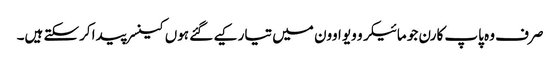
صرف وہ پاپ کارن جو مائیکرو ویو اوون میں تیار کیے گئے ہوں کینسر پیدا کرسکتے ہیں۔